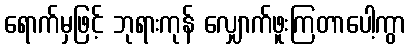
ရောက်မှဖြင့် ဘုရားကုန် လျှောက်ဖူးကြတာပေါ့ကွာ